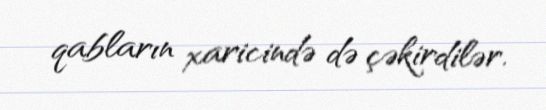
qabların xaricində də çəkirdilər.